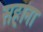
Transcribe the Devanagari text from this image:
सहाना